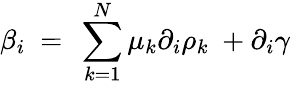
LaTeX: \beta_{i}\ =\ \sum_{k=1}^{N}\mu_{k}\partial_{i}\rho_{k}\ +\partial_{i}\gamma